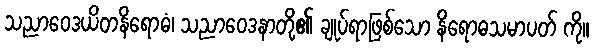
သညာဝေဒယိတနိရောဓံ၊ သညာဝေဒနာတို့၏ ချုပ်ရာဖြစ်သော နိရောဓသမာပတ် ကို။